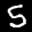
Label: 5